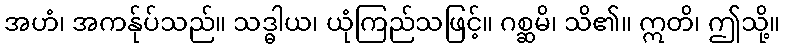
အဟံ၊ အကန်ုပ်သည်။ သဒ္ဓါယ၊ ယုံကြည်သဖြင့်။ ဂစ္ဆမိ၊ သိ၏။ ဣတိ၊ ဤသို့။